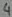
Text: 4